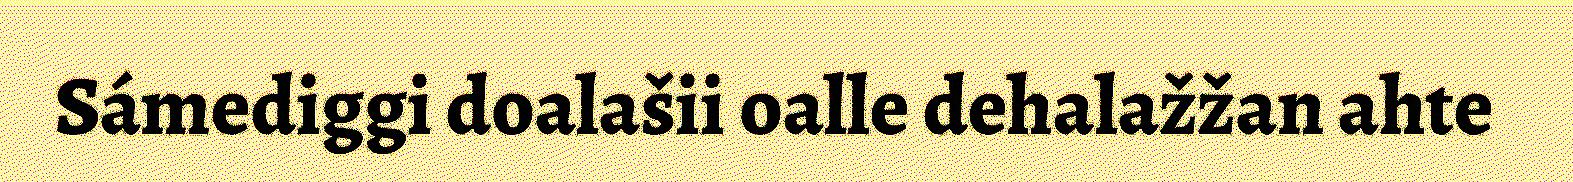
Sámediggi doalašii oalle dehalažžan ahte